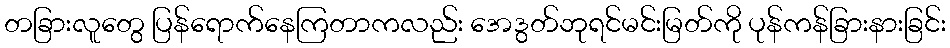
တခြားလူတွေ ပြန်ရောက်နေကြတာကလည်း အေဒွတ်ဘုရင်မင်းမြတ်ကို ပုန်ကန်ခြားနားခြင်း